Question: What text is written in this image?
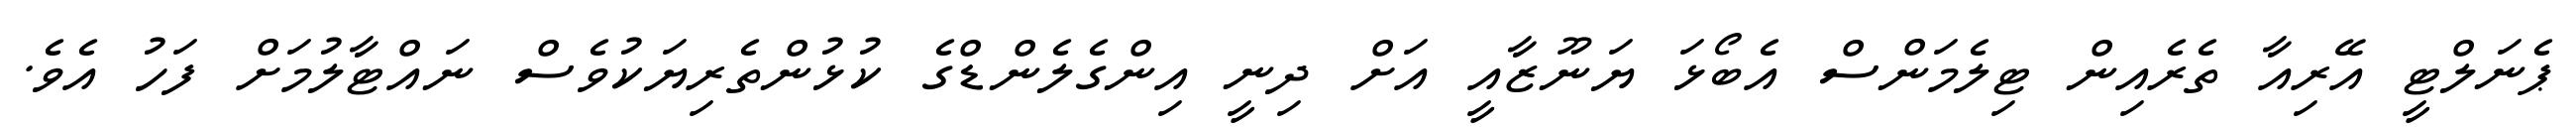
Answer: ޕެނަލްޓީ އޭރިއާ ތެރެއިން ޓިލެމަންސް އެބޯޅަ ޔަނޫޒާއީ އަށް ދިނީ އިންގެލެންޑްގެ ކުޅުންތެރިޔަކުވެސް ނައްޓާލުމަށް ފަހު އެވެ.